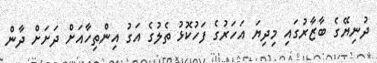
ދުނިޔޭގެ ބާޒާރުގައި މިދިޔަ އަހަރުގެ ފަހުކޮޅު ތެލުގެ އަގު އިންތިހާއަށް ދަށަށް ދާން